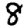
Digit: 8